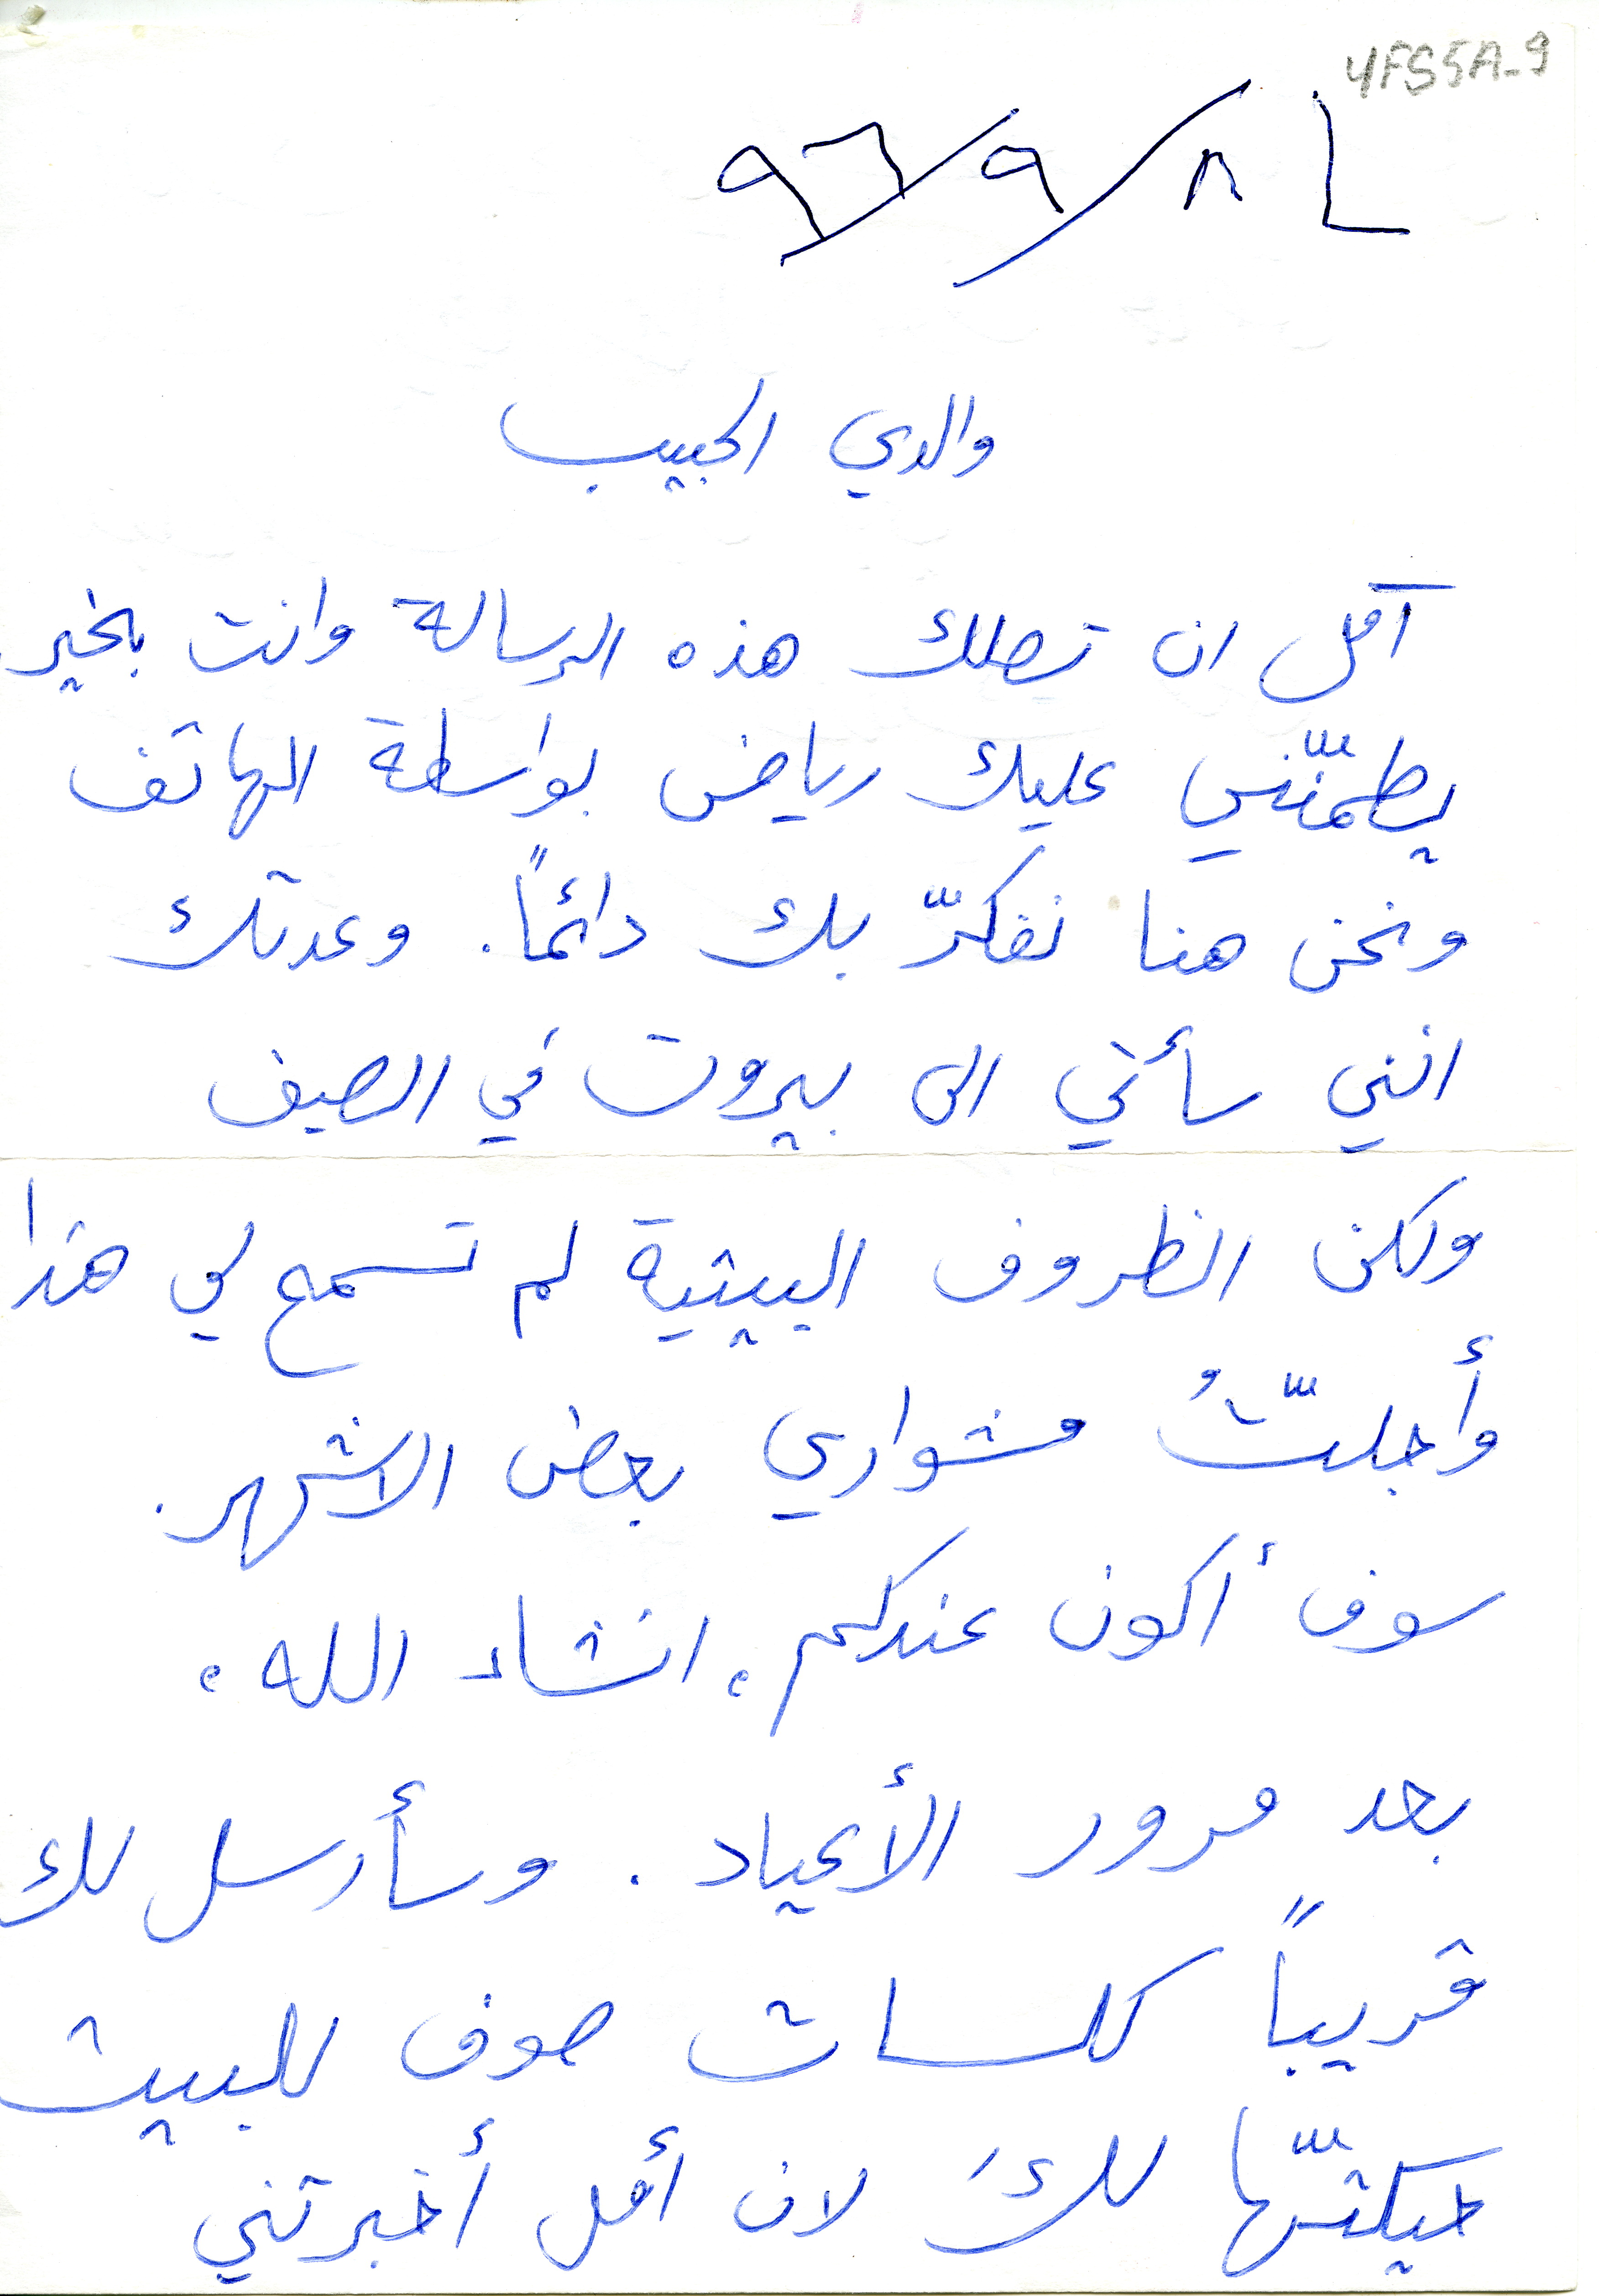
٩٦/٩/٨
والدي الحبيب
آمل ان تصلك هذه الرسالة وانت بخير
يطمّنني عليك رياض بواسطة الهاتف
ونحن هنا نفكرّ بك دائمًا. وعدتك
انني سأتي الى بيروت في الصيف
ولكن الظروف البيتية لم تسمح لي هذا
وأجلّتُ مشواري بعض الاشهر.
سوف أكون عندكم انشاء الله,
بعد مرور الأعياد. وسأرسل لك
قريباً كلسات صوف للبيت
حيكتّها لكَ لان أمل أخبرتني
YFS5A-9